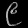
Digit: ၉